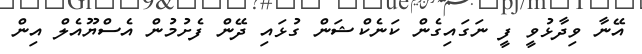
އޭނާ ވިދާޅުވީ ފީ ނަގައިގެން ކަނެކްޝަން ގުޅައި ދޭން ފެށުމުން އެސްޔޫއެލް އިން